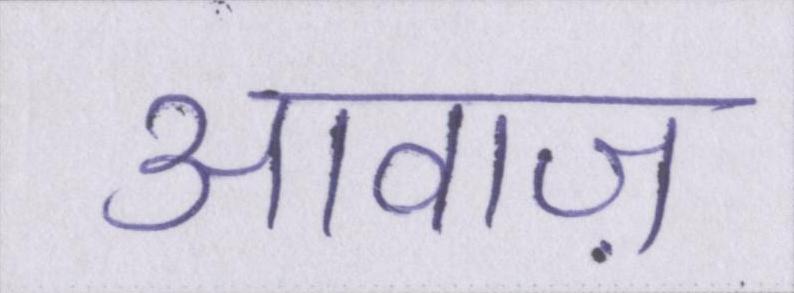
आवाज़